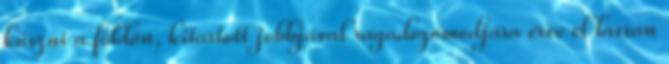
kúszni a földön, kitartott jobbjával ragadozómódjára érve el lassan